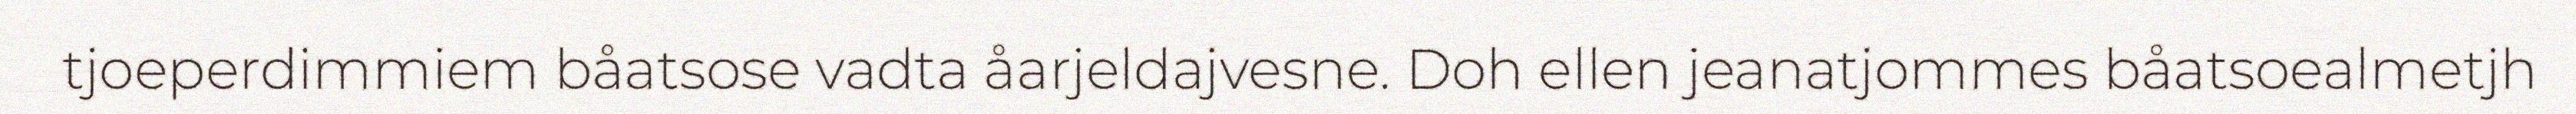
tjoeperdimmiem båatsose vadta åarjeldajvesne. Doh ellen jeanatjommes båatsoealmetjh